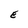
Character: E